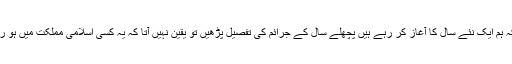
اب جبکہ ہم ایک نئے سال کا آغاز کر رہے ہیں پچھلے سال کے جرائم کی تفصیل پڑھیں تو یقین نہیں آتا کہ یہ کسی اسلامی مملکت میں ہو رہا ہے ۔